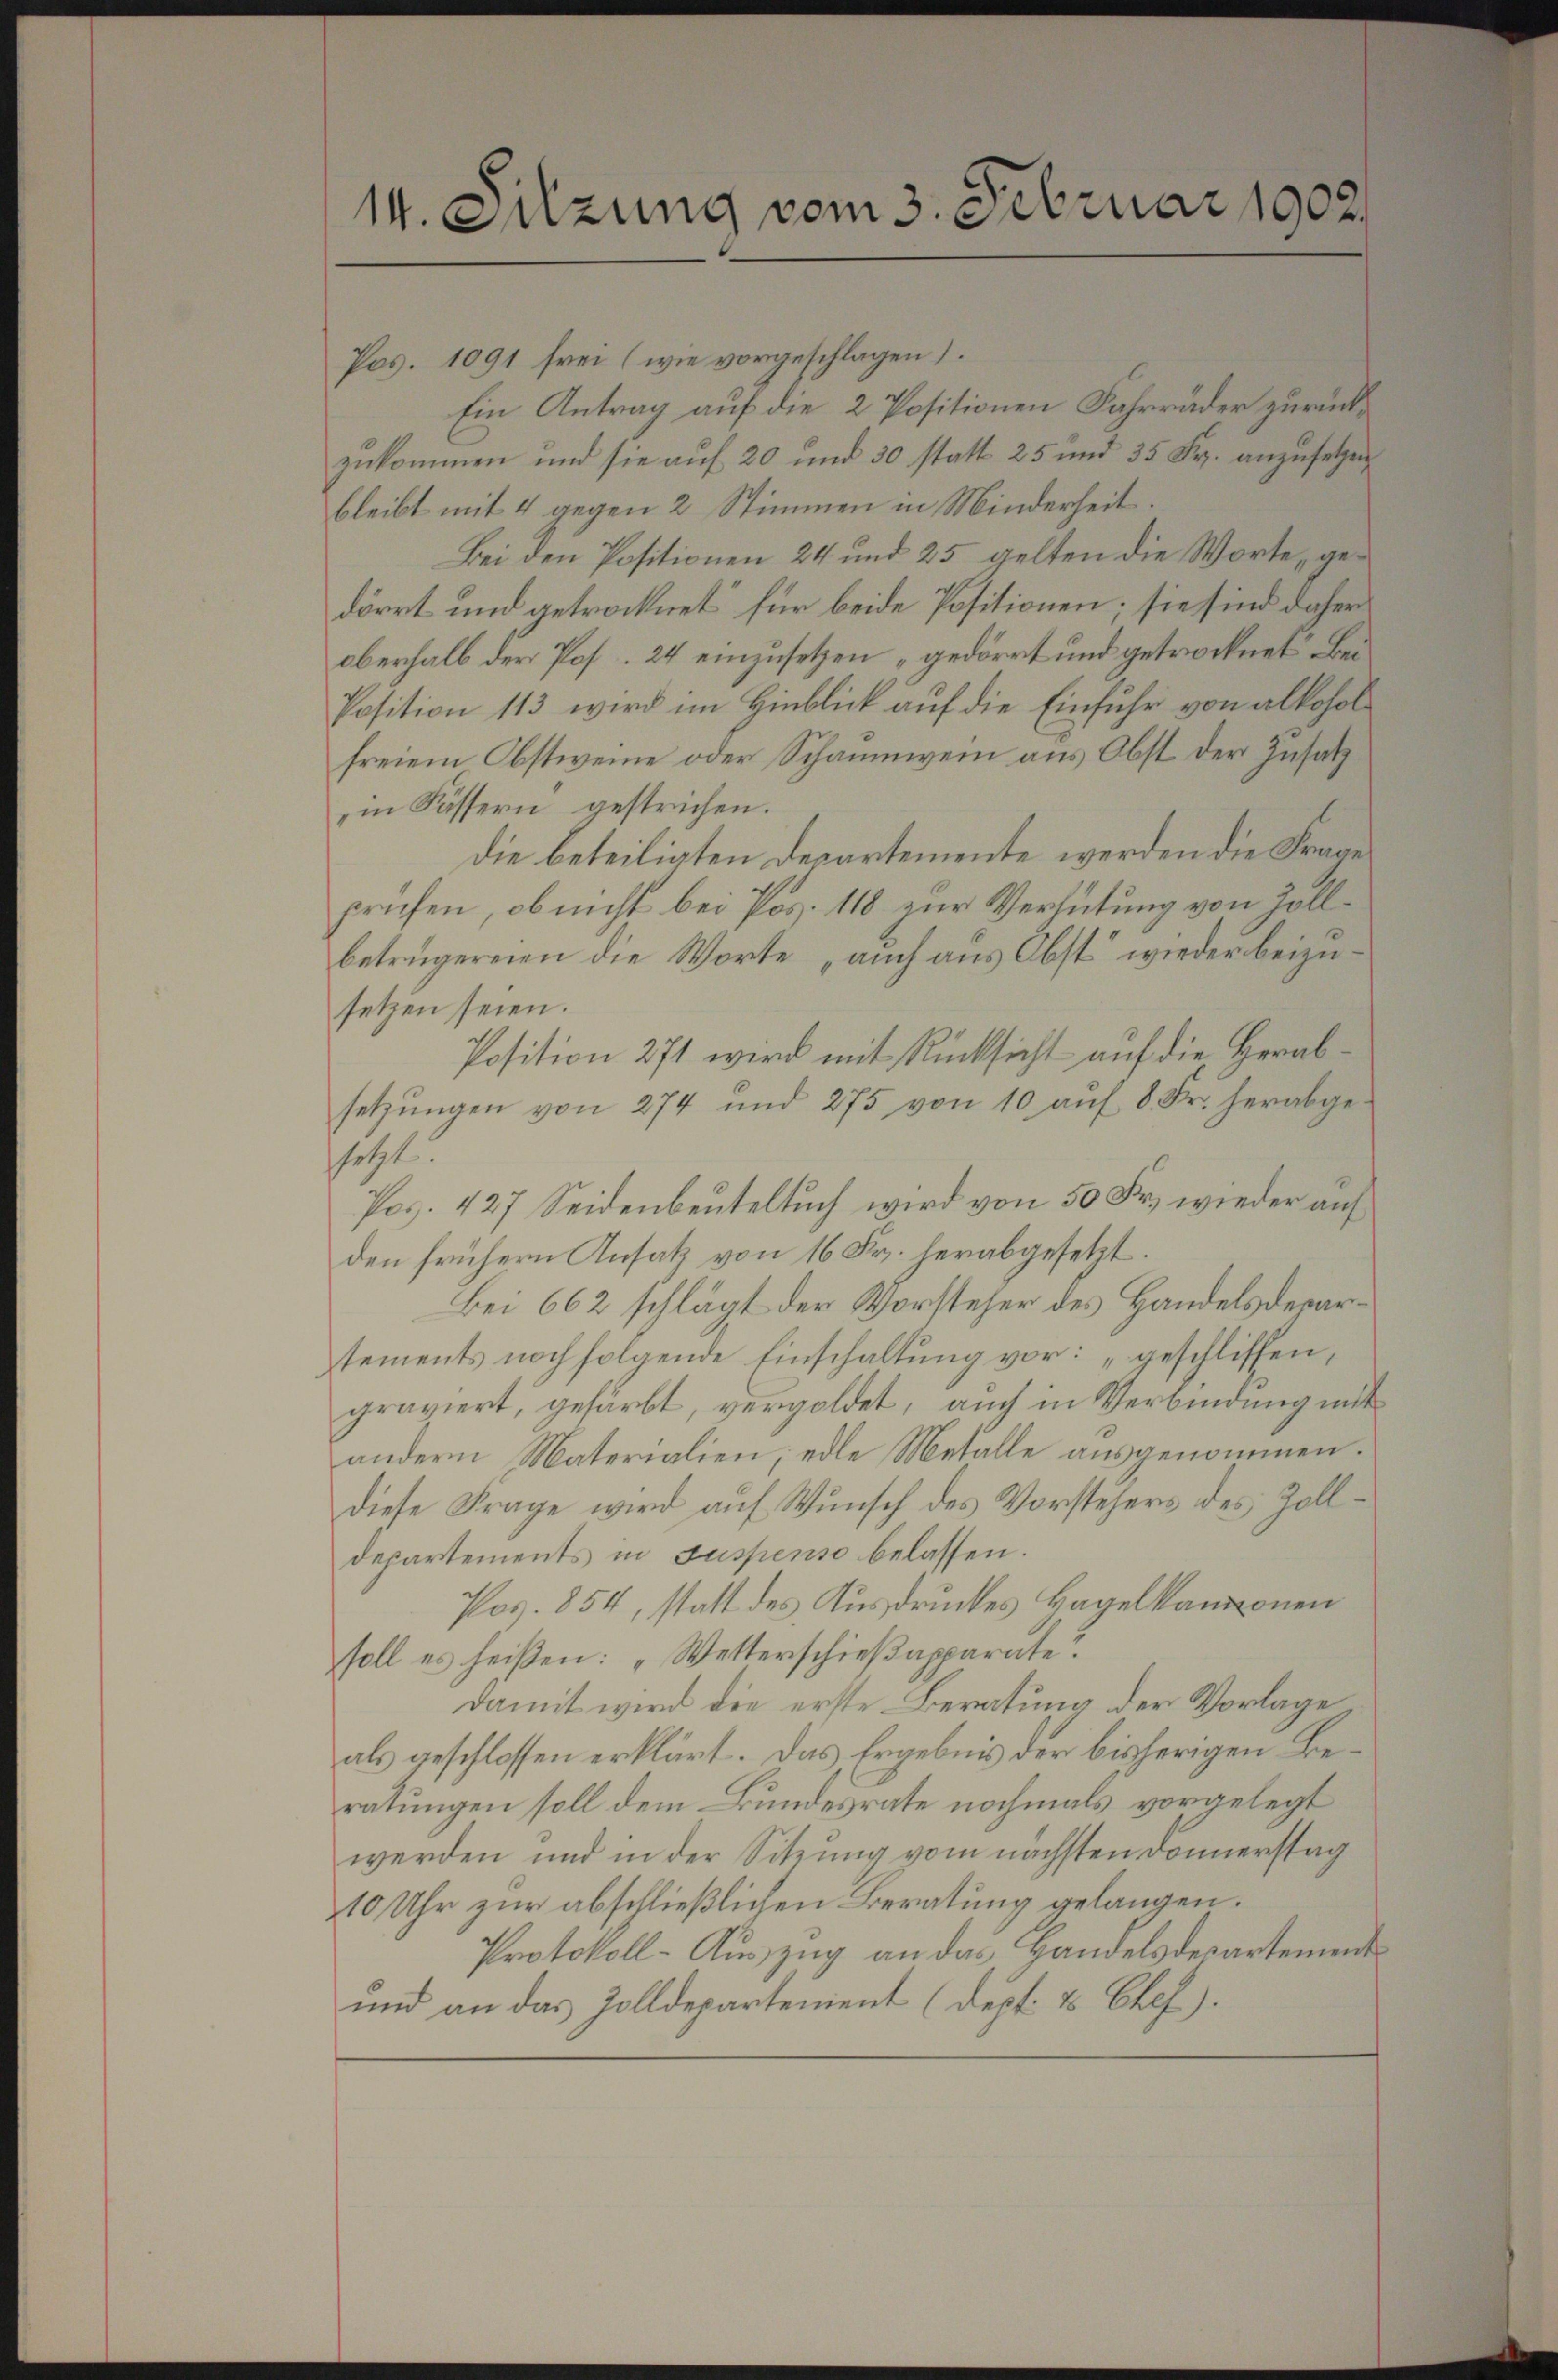
14. Sitzung vom 3. Februar 1902.

Pos. 1091 frei (wie vorgeschlagen.
Ein Antrag auf die 2 Positionen Fahrräder zurückzukommen und sie auf 20 und 30 statt 25 und 35 Fr. anzusetzen
bleibt mit 4 gegen 2 Stimmen in Minderheit
Bei den Positionen 24 und 25 gelten die Worte, gedörrt und getrocknet für beide Positionen; sie sind daher
Oberhalb der Pos. 24 einzusetzen „gedörrt und getrocknet Bei¬
Position 113 wird im Hinblick auf die Einfuhr von alkoholfreiem Obstweine oder Schaumwein aus Obst der Zusatz
in Fässern gestrichen.
die beteiligten Departemente werden die Frage
prüfen, ob nicht bei Pos. 118 zur Verhütung von Zollbetrügereien die Worte „auch aus Obst“ wieder beizusetzen seien.
Position 271 wird mit Rücksicht auf die Herabsetzungen von 274 und 275 von 10 aŭf 8. Fr. herabgessetzt.
Poc. 427 Seidenbeuteltuch wird von 50 Fr. wieder auf
den frühern Ansatz von 16 Fr. herabgesetzt.
Bei 662 schlägt der Vorsteher des Handelsdepartements noch folgende Einschaltung vor: „geschlissen,
graviert, gefärbt, vergoldet, auch in Verbindung mit
andern Materialien, edle Metalle ausgenommen.
diese Frage wird auf Wunsch des Vorstehers des Zolldepartements in Suspenso belassen.
Pos. 854, statt des Ausdruckes Hagelkamponen
soll es heißen: „Wetterschießapparate?
damit wird die erste Beratung der Vorlage
als geschlossen erklärt. Das Ergebnis der bisherigen Beratungen soll dem Bundesrate nochmals vorgelegt
werden und in der Sitzung vom nächsten Donnerstag
10 Uhr zur abschließlichen Beratung gelangen.
Protokoll-Auszug an das Handelsdepartemens
und an das Zolldepartement (Dept. & Chef).